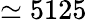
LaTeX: \simeq 5125